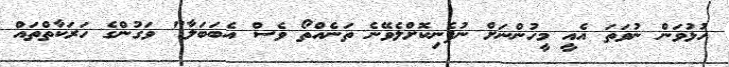
ހުޅުވަން ނުވަތަ އެއީ މީހުންނަށް ނުފެނިކޮށްލެވޭނެ ތަނެއްތޯ ވެސް އެބަބަލާ" ވަގުންގެ ހަރަކާތްތައް